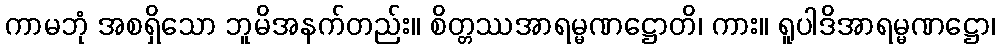
ကာမဘုံ အစရှိသော ဘူမိအနက်တည်း။ စိတ္တဿအာရမ္မဏဋ္ဌောတိ၊ ကား။ ရူပါဒိအာရမ္မဏဋ္ဌော၊